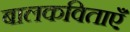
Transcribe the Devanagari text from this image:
बालकविताएँ